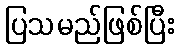
ပြသမည်ဖြစ်ပြီး